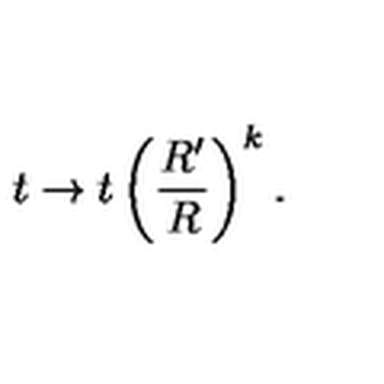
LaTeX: t \rightarrow t \left( \frac { R ^ { \prime } } { R } \right) ^ { k } .